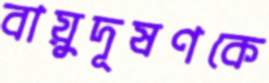
বায়ুদূষণকে